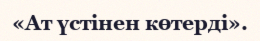
«Ат үстінен көтерді».